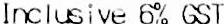
INCLUSIVE 6% GST